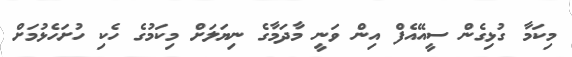
މިކަމާ ގުޅިގެން ސީއޭއެފް އިން ވަނީ މާދަމާގެ ނިޔަލަށް މިކަމުގެ ހެކި ހުށަހެޅުމަށް